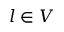
l \in V